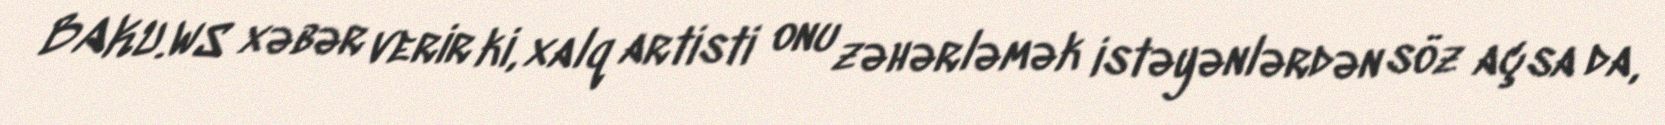
BAKU.WS xəbər verir ki, xalq artisti onu zəhərləmək istəyənlərdən söz açsa da,